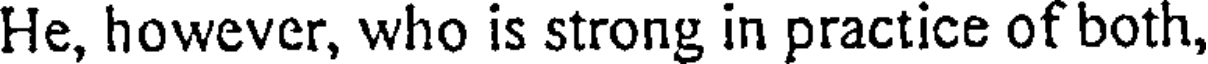
He, however, who is strong in practice of both,